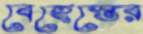
বেহেস্তের